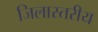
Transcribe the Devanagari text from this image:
जिलास्तरीय